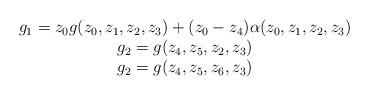
LaTeX: \begin{align*}\begin{array}{c}g_1=z_0g(z_0, z_1, z_2, z_3)+(z_0-z_4)\alpha(z_0, z_1, z_2, z_3)\\g_2=g(z_4, z_5, z_2, z_3)\\g_2=g(z_4, z_5, z_6, z_3)\end{array}\end{align*}